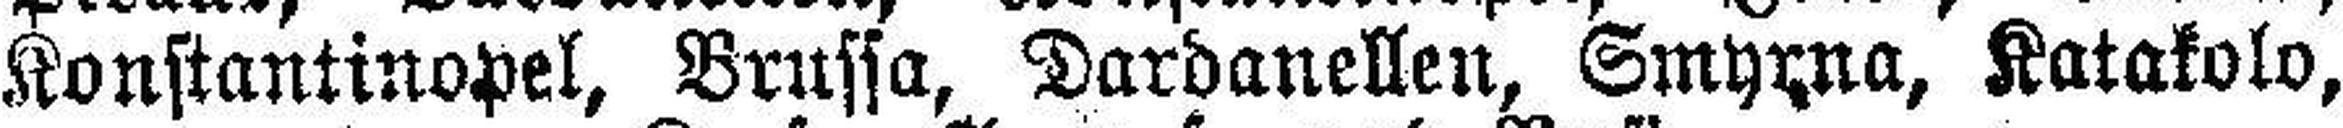
Konstantinopel, Bruffa, Dardanellen, Smyxna, Katakolo,